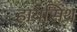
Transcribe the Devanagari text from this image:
हायसिंथ